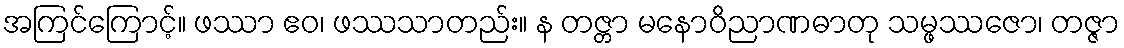
အကြင်ကြောင့်။ ဖဿာ ဧဝ၊ ဖဿသာတည်း။ န တဇ္တာ မနောဝိညာဏဓာတု သမ္ဖဿဇော၊ တဇ္ဇာ